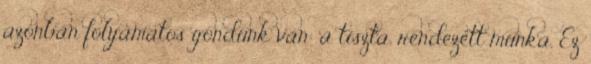
azonban folyamatos gondunk van: a tiszta, rendezett munka. Ez